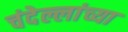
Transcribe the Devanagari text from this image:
चंदेल्लांच्या